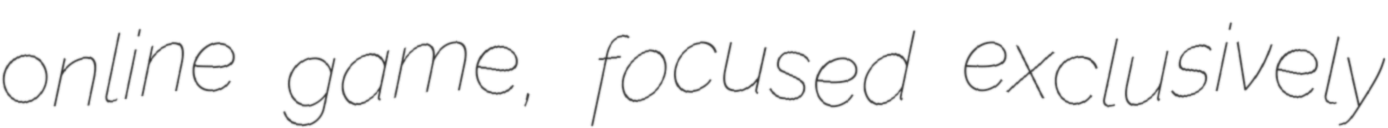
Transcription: online game, focused exclusively